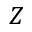
Z